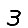
Digit: 3